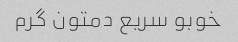
خوبو سریع دمتون گرم